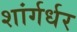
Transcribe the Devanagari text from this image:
शांर्गर्धर